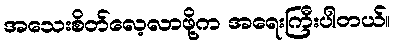
အသေးစိတ်လေ့လာဖို့က အရေးကြီးပါတယ်။